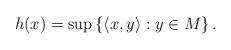
LaTeX: \begin{align*}h(x)=\sup\left\{{\langle x,y\rangle}:y\in M\right\}.\end{align*}